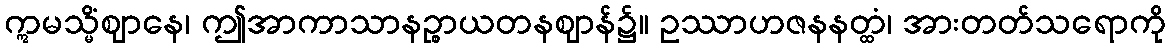
ဣမသ္မိံဈာနေ၊ ဤအာကာသာနဉ္စာယတနဈာန်၌။ ဥဿာဟဇနနတ္ထံ၊ အားတတ်သရောကို